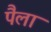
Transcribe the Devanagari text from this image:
पैला